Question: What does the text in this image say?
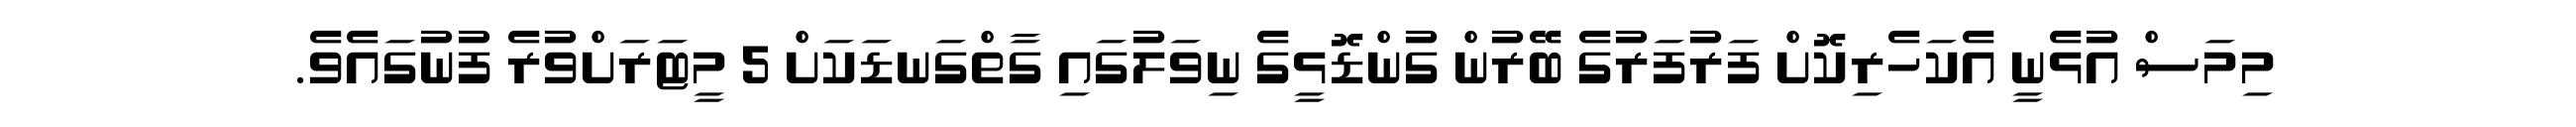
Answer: މިމަސް އުޅެނީ އެކަހެރިކޮށް ފަރުފަރުގެ ބޭރުން ގުންޑޮޅީގެ ނިވަލުގައި ގާތްގަނޑަކަށް 5 މީޓަރަށްވުރެ ފުނުގައެވެ.